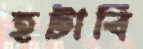
হটাবি